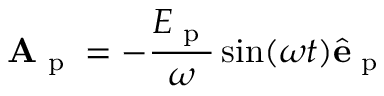
\mathbf { A } _ { \textrm { p } } = - \frac { E _ { \textrm { p } } } { \omega } \sin ( \omega t ) \hat { \mathbf { e } } _ { \textrm { p } }